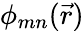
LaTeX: \phi_{mn}(\vec{r})